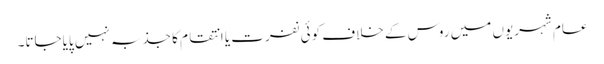
عام شہریوں میں روس کے خلاف کوئی نفرت یا انتقام کا جذبہ نہیں پایاجاتا۔